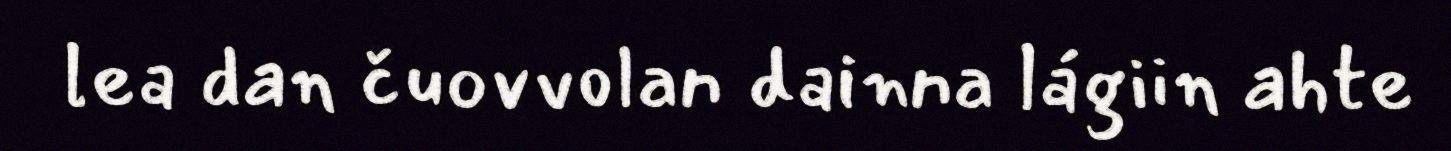
lea dan čuovvolan dainna lágiin ahte